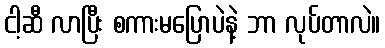
ငါ့ဆီ လာပြီး စကားမပြောပဲနဲ့ ဘာ လုပ်တာလဲ။